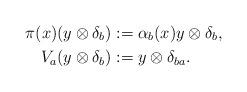
LaTeX: \begin{align*}\pi(x)(y \otimes \delta_{b})&:=\alpha_{b}(x)y\otimes \delta_{b}, \\V_{a}(y \otimes \delta_{b})&:=y \otimes \delta_{ba}.\end{align*}